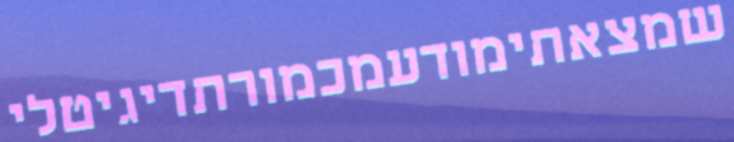
שמצאתימודעמכמורתדיגיטלי